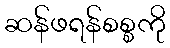
ဆန်ဖရန်စစ္စကို